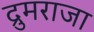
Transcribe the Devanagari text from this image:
द्रुमराजा